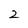
Character: 2